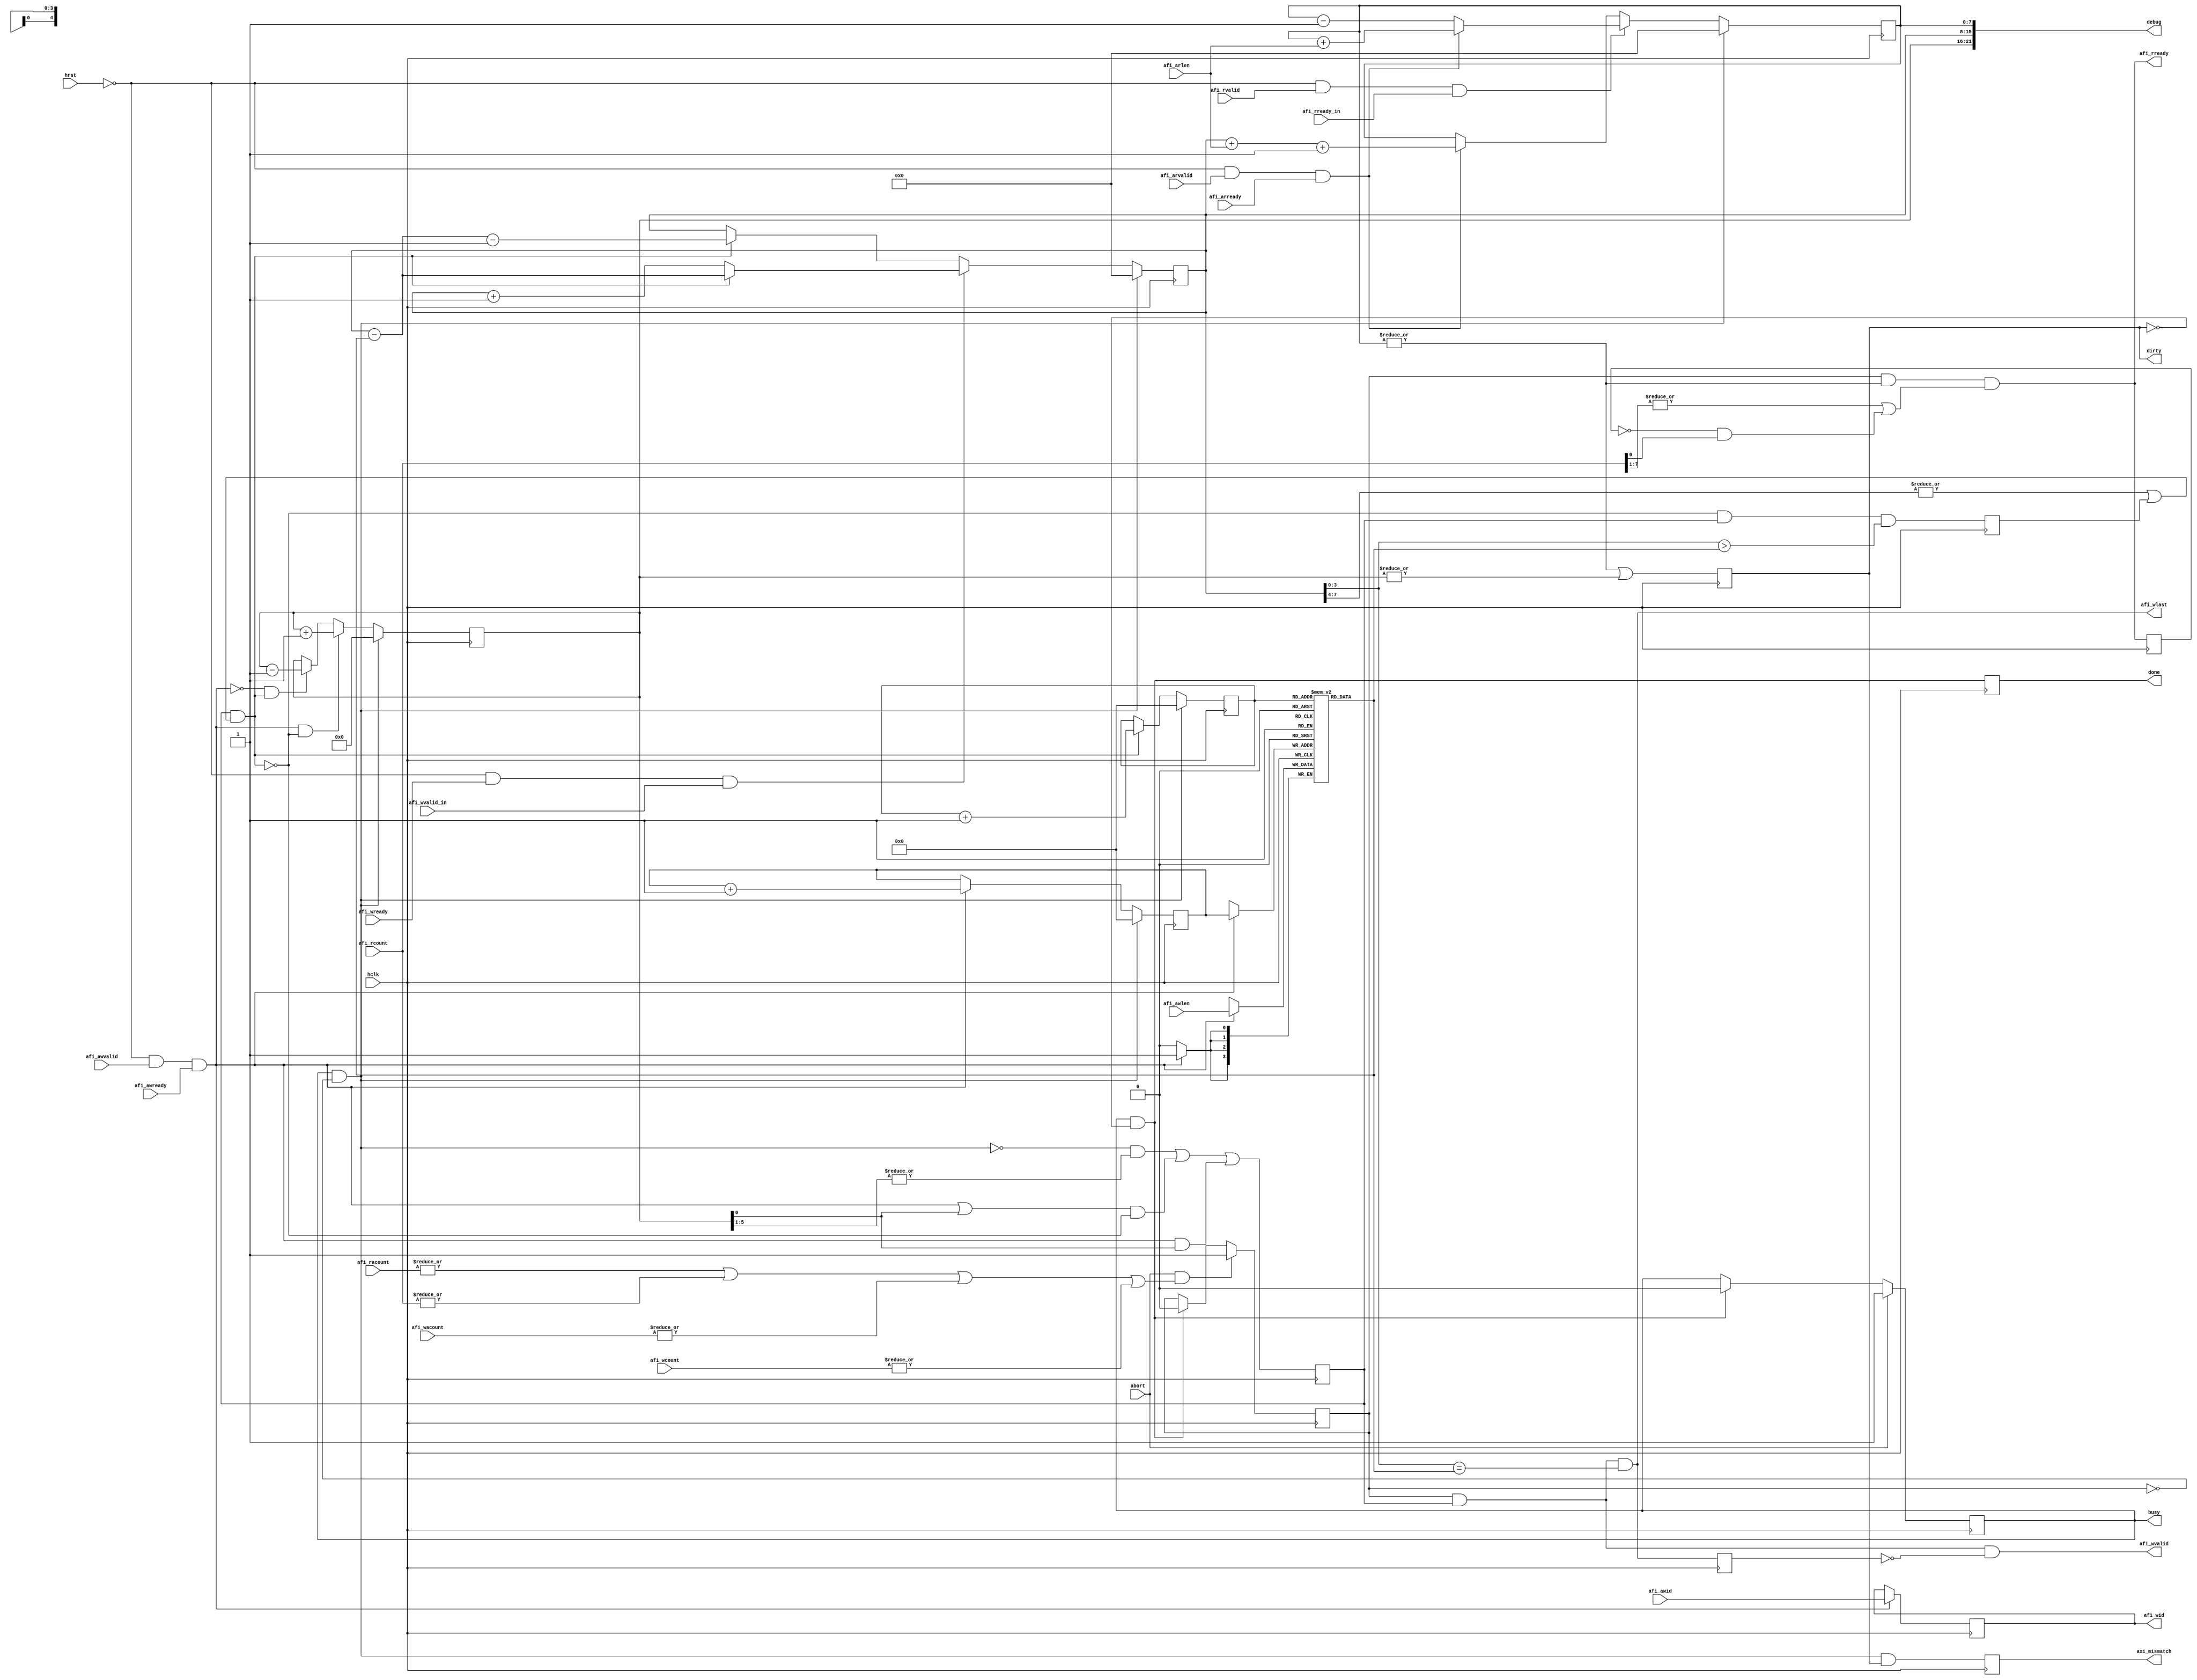
/*!
 * <b>Module:</b>axi_hp_abort
 * @file axi_hp_abort.v
 * @date 2016-02-07  
 * @author Andrey Filippov     
 *
 * @brief Trying to gracefully reset AXI HP after aborted transmission
 * For read channel - just keep afi_rready on until RD FIFO is empty (afi_rcount ==0)
 * For write - keep track aof all what was sent so far, assuming aw is always ahead of w
 * Reset only by global reset (system POR) - probably it is not possible to just
 * reset PL or relaod bitfile, 
 *
 * @copyright Copyright (c) 2016 Elphel, Inc .
 *
 * <b>License:</b>
 *
 * axi_hp_abort.v is free software; you can redistribute it and/or modify
 * it under the terms of the GNU General Public License as published by
 * the Free Software Foundation, either version 3 of the License, or
 * (at your option) any later version.
 *
 *  axi_hp_abort.v is distributed in the hope that it will be useful,
 * but WITHOUT ANY WARRANTY; without even the implied warranty of
 * MERCHANTABILITY or FITNESS FOR A PARTICULAR PURPOSE.  See the
 * GNU General Public License for more details.
 *
 * You should have received a copy of the GNU General Public License
 * along with this program.  If not, see <http://www.gnu.org/licenses/> .
 */
`timescale 1ns/1ps

module  axi_hp_abort(
    input             hclk,
    input             hrst,  // just disables processing inputs
    input             abort,
    output            busy, // should disable control of afi_wvalid, afi_awid
    output reg        done,
    input             afi_awvalid, // afi_awready is supposed to be always on when afi_awvalid (caller uses fifo counetrs) ?
    input             afi_awready, //
    input      [ 5:0] afi_awid, 
    input       [3:0] afi_awlen, 
    input             afi_wvalid_in,
    input             afi_wready,
    output            afi_wvalid,
    output reg [ 5:0] afi_wid,
    input             afi_arvalid,
    input             afi_arready,
    input      [ 3:0] afi_arlen,
    input             afi_rready_in,
    input             afi_rvalid,
    output            afi_rready,
    output            afi_wlast,
// TODO:  Try to resolve problems when afi_racount, afi_wacount afi_wcount do not match expected
    input      [ 2:0] afi_racount,
    input      [ 7:0] afi_rcount,
    input      [ 5:0] afi_wacount,
    input      [ 7:0] afi_wcount,
    output reg        dirty,     // single bit to be sampled in different clock domain to see if flushing is needed
    output reg        axi_mismatch,   // calculated as 'dirty' but axi hp counters are 0
    output     [21:0] debug
);
    reg               busy_r;
    wire              done_w = busy_r && !dirty ;
    reg         [3:0] aw_lengths_ram[0:31];
    reg         [4:0] aw_lengths_waddr = 0;
    reg         [4:0] aw_lengths_raddr = 0;
    reg         [5:0] aw_count = 0;
    reg         [7:0] w_count = 0;
    reg         [7:0] r_count = 0;
    reg               adav = 0;
    wire              arwr = !hrst && afi_arvalid && afi_arready;
    wire              drd =  !hrst && afi_rvalid && afi_rready_in;
    wire              awr = !hrst && afi_awvalid && afi_awready;
    reg               ard_r = 0; // additional length read if not much data
    wire              ard = adav && ((|w_count[7:4]) || ard_r);
    wire              wwr = !hrst && afi_wready && afi_wvalid_in;
    reg               afi_rready_r;
    reg               afi_wlast_r; // wait one cycle after last in each burst (just to ease timing)
    reg               busy_aborting; // actually aborting
    wire              reset_counters = busy_r && !busy_aborting;
    assign busy = busy_r;
    
    assign afi_rready = busy_aborting && (|r_count) && ((|afi_rcount[7:1]) || (!afi_rready_r &&  afi_rcount[0]));
    assign afi_wlast =  busy_aborting && adav && (w_count[3:0] == aw_lengths_ram[aw_lengths_raddr]);
    assign afi_wvalid = busy_aborting && adav && !afi_wlast_r;
    assign debug = {aw_count[5:0], w_count[7:0], r_count[7:0]};
    
    // Watch for transactios performed by others (and this one too)
    always @ (posedge hclk) begin
        // read channel
        if (reset_counters) r_count <= 0;
        else if (drd)
             if (arwr)      r_count <= r_count + {4'b0, afi_arlen};
             else           r_count <= r_count - 1;
        else
             if (arwr)      r_count <= w_count  + {4'b0, afi_arlen} + 1;
    
        // write channel
    
        if (awr) afi_wid <= afi_awid; // one command is supposed to use just one awid/wid

        if (awr) aw_lengths_ram [aw_lengths_waddr] <= afi_awlen;

        if (reset_counters) aw_lengths_waddr <= 0;
        else if (awr)       aw_lengths_waddr <= aw_lengths_waddr + 1;

        if (reset_counters) aw_lengths_raddr <= 0;
        else if (ard)       aw_lengths_raddr <= aw_lengths_raddr + 1;
        
        if (reset_counters)    aw_count <= 0;
        else if ( awr && !ard) aw_count <= aw_count + 1;
        else if (!awr &&  ard) aw_count <= aw_count - 1;
        
        adav <= !reset_counters && (|aw_count[5:1]) || ((awr || aw_count[0]) && !ard) || (awr && aw_count[0]);
        
        ard_r <= !ard && adav && (w_count[3:0] > aw_lengths_ram[aw_lengths_raddr]);
        
        if (reset_counters) w_count <= 0;
        else if (wwr)
             if (ard)       w_count <= w_count - {4'b0, aw_lengths_ram[aw_lengths_raddr]};
             else           w_count <= w_count + 1;
        else
             if (ard)       w_count <= w_count - {4'b0, aw_lengths_ram[aw_lengths_raddr]} - 1;
        
        dirty <= (|r_count) || (|aw_count); // assuming w_count can never be non-zero? - no
    end
    
    // flushing part
    always @ (posedge hclk) begin
    
        if      (abort)  busy_r <= 1;
        else if (done_w) busy_r <= 0;

        if      (abort && ((|afi_racount) || (|afi_rcount) || (|afi_wacount) || (|afi_wcount)))  busy_aborting <= 1;
        else if (done_w) busy_aborting <= 0;

        
        done <=  done_w;
        afi_rready_r <= afi_rready;
        afi_wlast_r <=  afi_wlast;
        
        axi_mismatch <= busy && !busy_aborting && dirty;  //  
    end 
    

endmodule